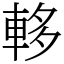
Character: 䡔